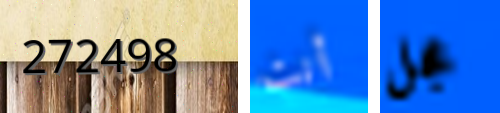
272498 أنت عجل